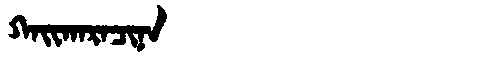
Manchu: ᡴᠠᡳᡴᠠᡵᠠᠴᡳᠨᠠ
Romanization: KAIKARACINA